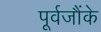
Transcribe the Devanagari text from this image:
पूर्वजौंके